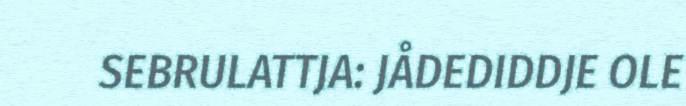
SEBRULATTJA: JÅDEDIDDJE OLE